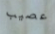
عصيب